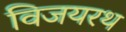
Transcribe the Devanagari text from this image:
विजयरथ